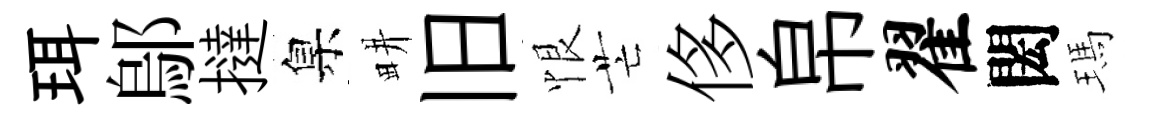
珥鄔撻臬畊旧恨芒侈帛翟閎瑪